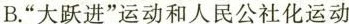
B.”大跃进”运动和人民公社化运动